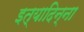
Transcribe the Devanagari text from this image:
इत्यादिन्ना